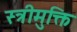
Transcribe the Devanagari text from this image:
स्त्रीमुक्ति